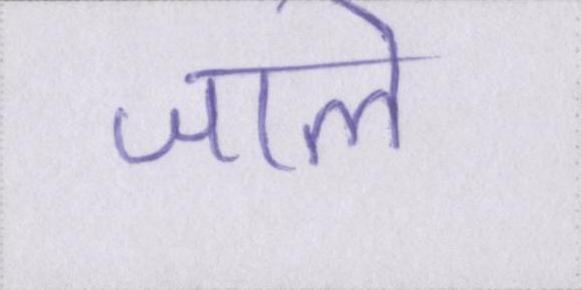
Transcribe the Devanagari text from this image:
जाले